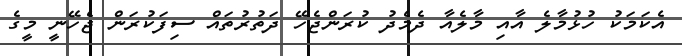
އެކަމަކު ހުޅުމާލެ އާއި މާލެއާ ދެމެދު ކުރަންޖެހޭ ދަތުރުތައް ސިފަކުރަން ޖެހޭނީ މީގެ